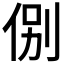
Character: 𬾋